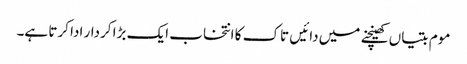
موم بتیاں کھینچنے میں دائیں تاک کا انتخاب ایک بڑا کردار ادا کرتا ہے۔